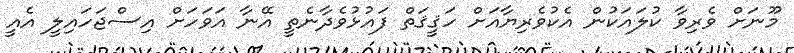
މޫނަށް ވެރިވާ ކުލައަކުން އެކުވެރިޔާއަށް ހަޤީޤަތް ފައުޅުވެދާނެތީ އޭނާ އަވަހަށް އިސްޖަހައިލީ އެއީ